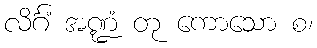
လိင်္ဂံ အဏ္ဍံ တု ကောသော စ၊